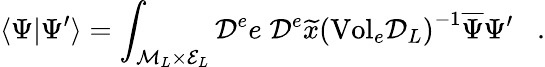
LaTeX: \langle\Psi|\Psi^{\prime}\rangle=\int_{{\cal M}_{L}\times{\cal E}_{L}}{\cal D}^{e}e\; {\cal D}^{e}\widetilde{x}\left(\mathrm{Vol}_{e}{\cal D}_{L}\right)^{-1}\overline{{{\Psi}}}\Psi^{\prime}\; \; \; .